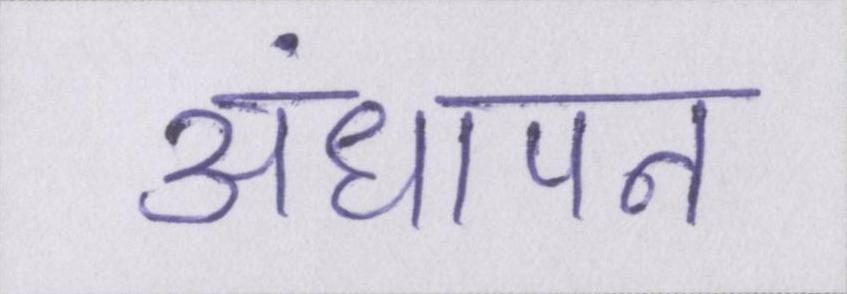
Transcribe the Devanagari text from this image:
अंधापन